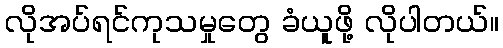
လိုအပ်ရင်ကုသမှုတွေ ခံယူဖို့ လိုပါတယ်။